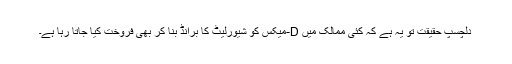
دلچسپ حقیقت تو یہ ہے کہ کئی ممالک میں D-میکس کو شیورلیٹ کا برانڈ بنا کر بھی فروخت کیا جاتا رہا ہے۔